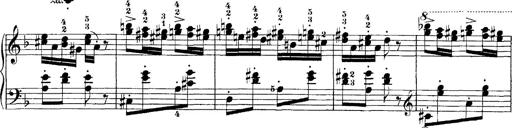
Title: Hungarian Rhapsody No.7
Composer: Franz Liszt
Key: D minor